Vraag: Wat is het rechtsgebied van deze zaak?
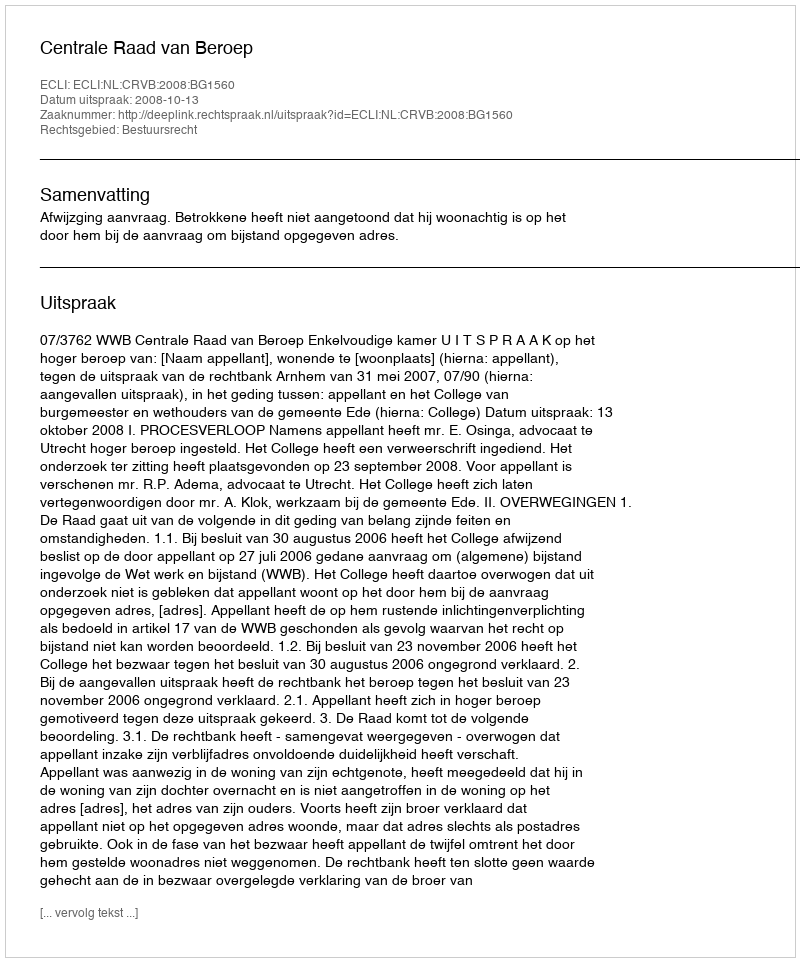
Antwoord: Bestuursrecht